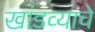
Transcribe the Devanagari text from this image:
खांडव्याचे